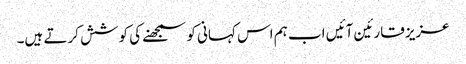
عزیز قارئین آئیں اب ہم اس کہانی کو سمجھنے کی کوشش کرتے ہیں۔